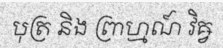
បុត្រ និង ព្រាហ្មណ៍ វិឝ្វ